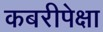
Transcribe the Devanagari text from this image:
कबरीपेक्षा